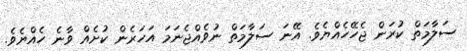
ސަލާމަތް ކުރަން ޖެހޭހެއްޔެވެ. އޭނަ ސަލާމަތް ނުވެއްޖެނަމަ އަހަރެން ކުށެއް ވާނެ ހެއްޔެވެ.